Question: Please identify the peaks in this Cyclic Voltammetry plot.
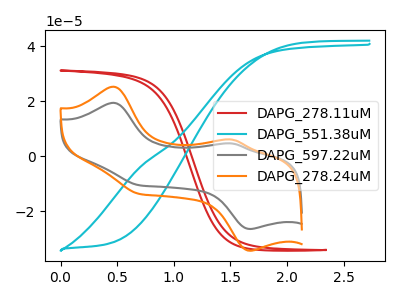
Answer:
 <answer>The red curve "DAPG_278.11uM" has no peaks. The cyan curve "DAPG_551.38uM" has no peaks. The gray curve "DAPG_597.22uM" has anodic peaks at (0.45V, 19.50uA) (1.50V, 4.70uA) and cathodic peaks at (1.65V, -26.35uA) (0.70V, -10.45uA). The orange curve "DAPG_278.24uM" has anodic peaks at (0.45V, 25.35uA) (1.50V, 6.15uA) and cathodic peaks at (1.65V, -34.25uA) (0.70V, -13.55uA).</answer>
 <eval></eval>